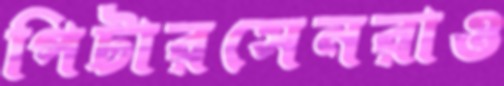
পিটারসেনরাও